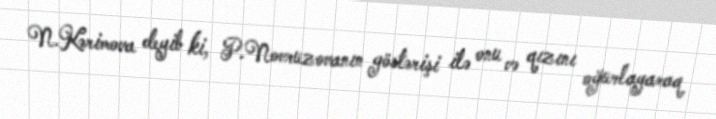
N.Kərimova deyib ki, P.Novruzovanın göstərişi ilə onu və qızını oğurlayaraq